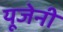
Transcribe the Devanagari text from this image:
यूजेनी